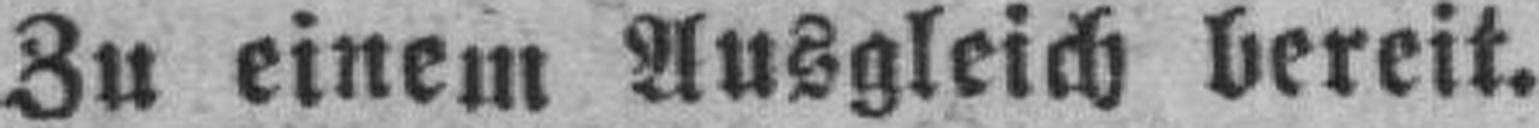
Zu einem Ausgleich bereit.